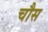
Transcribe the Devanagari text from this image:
चौस